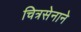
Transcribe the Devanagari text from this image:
चित्रसेनाने